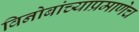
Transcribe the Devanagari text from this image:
विनोबांच्याप्रमाणेच